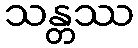
သန္တဿ